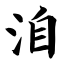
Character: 洎